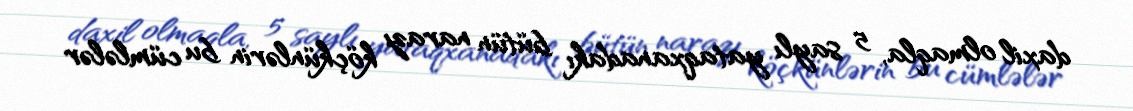
daxil olmaqla, 5 saylı yataqxanadakı bütün narazı köçkünlərin bu cümlələr